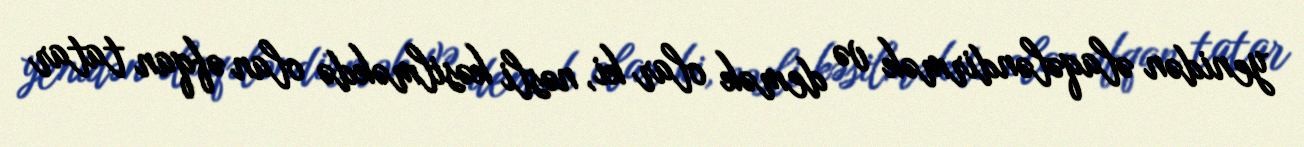
yenidən əlaqələndirmək və demək olar ki, nəsli kəsilməkdə olan əfqan tatar